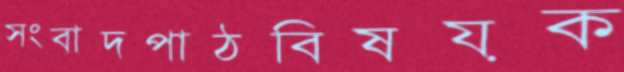
সংবাদপাঠবিষয়ক